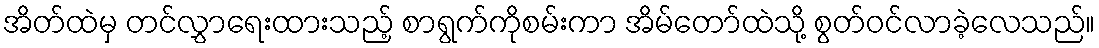
အိတ်ထဲမှ တင်လွှာရေးထားသည့် စာရွက်ကိုစမ်းကာ အိမ်တော်ထဲသို့ စွတ်ဝင်လာခဲ့လေသည်။